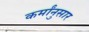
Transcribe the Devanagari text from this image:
कर्मांनुसार